Note on the mental hospitals in Burma - 1925-1940
Year: 1925
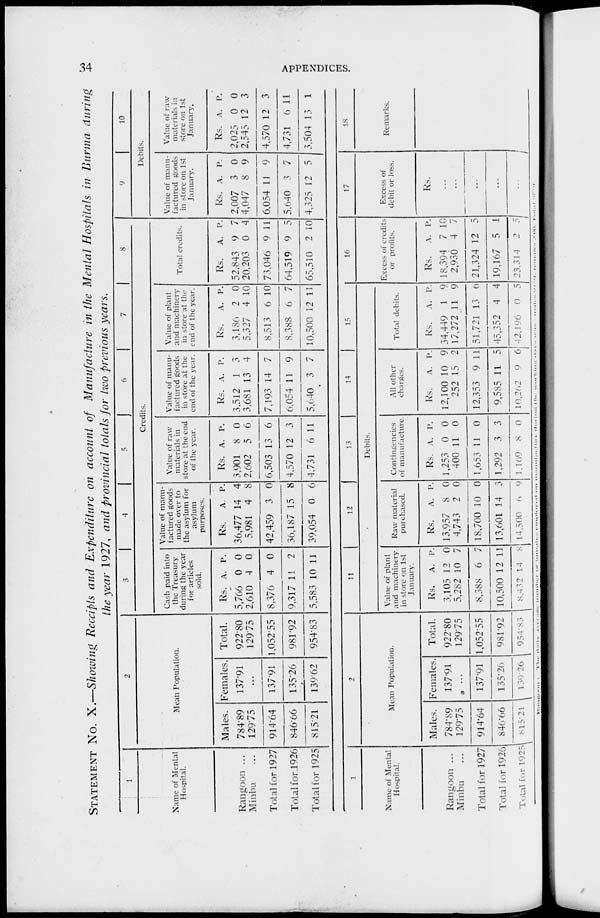
34
APPENDICES.
STATEMENT NO. X.—Showing Receipts and Expenditure on account of Manufacture in the Mental Hospitals in Burma during
the year 1927, and provincial totals for two previous years.
1
Name of Mental
Hospital.
Rangoon ...
Minbu ...
Total for 1927
Total for 1926
Total for 1925
2
Mean Population.
Males.
784.89
129.75
914.64
846.66
315.21
Females.
137.91
...
137.91
135.26
139.62
Total.
922.80
129.75
1,052.55
981.92
954.83
3
4
5
6
7
8
Credits.
Cash paid into
the Treasury
during the year
for articles
sold.
Rs.
5,766
2,610
8,376
9,317
5,583
A.
0
4
4
11
10
P.
0
0
0
2
11
Value of manu-
factured goods
made over to
the asylum for
asylum
purposes.
Rs.
36,477
5,981
42,459
36,187
39,054
A.
14
4
3
15
0
P.
4
8
0
8
6
Value of raw
materials in
store at the end
of the year.
Rs.
3,901
2,602
6,503
4,570
4,731
A.
8
5
13
12
6
P.
0
6
6
3
11
Value of manu-
factured goods
in store at the
end of the year.
Rs.
3,512
3,681
7,193
6,054
5,640
A.
1
13
14
11
3
P.
3
4
7
9
7
Value of plant
and machinery
in store at the
end of the year.
Rs.
3,186
5,327
8,513
8,388
10,500
A.
2
4
6
6
12
P.
0
10
10
7
11
Total credits.
Rs.
52,843
20,203
73,046
64,519
65,510
A.
9
0
9
9
2
P.
7
4
11
5
10
9
10
Debits.
Value of manu-
factured goods
in store on 1st
January.
Rs.
2,007
4,047
6,054
5,640
4,325
A.
3
8
11
3
12
P.
0
9
9
7
5
Value of raw
materials in
store on 1st
January.
Rs.
2,025
2,545
4,570
4,731
3,504
A.
0
12
12
6
13
P.
0
3
3
11
1
1
Name of Mental
Hospital.
Rangoon ...
Minbu ...
Total for 1927
Total for 1926
Total for 1925
2
Mean Population.
Males.
784.89
129.75
914.64
846.66
815.21
Females.
137.91
...
137.91
135.26
139.26
Total.
922.80
129.75
1,052.55
981.92
954.83
11
12 13
14
15
Debits.
Value of plant
and machinery
in store on 1st
January.
Rs.
3,105
5,282
8,388
10,500
8,432
A.
12
10
6
12
14
P.
0
7
7
11
8
Raw material
purchased.
Rs.
13,957
4,743
18,700
13,601
14,500
A.
8
2
10
14
6
P.
0
0
0
3
9
Contingencies
of manufacture.
Rs.
1,253
400
1,653
1,292
1,169
A.
0
11
11
3
8
P.
0
0
0
3
0
All other
charges.
Rs.
12,100
252
12,353
9,585
10,262
A.
10
15
9
11
9
P.
9
2
11
5
6
Total debits.
Rs.
34,449
17,272
51,721
45,352
42,196
A.
1
11
13
4
0
P.
9
9
6
4
5
16
Excess of credits
or profits.
Rs.
18,394
2,930
21,324
19,167
23,314
A.
7
4
12
5
2
P.
10
7
5
1
5
17
Excess of
debit or loss.
Rs.
...
...
...
...
...
18
Remarks.
Rangoon: The daily average number of inmates employed on manufacture during the working days was Males 94.91, Females 3.00 Total 97.91.